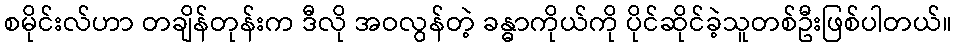
စမိုင်းလ်ဟာ တချိန်တုန်းက ဒီလို အဝလွန်တဲ့ ခန္ဓာကိုယ်ကို ပိုင်ဆိုင်ခဲ့သူတစ်ဦးဖြစ်ပါတယ်။